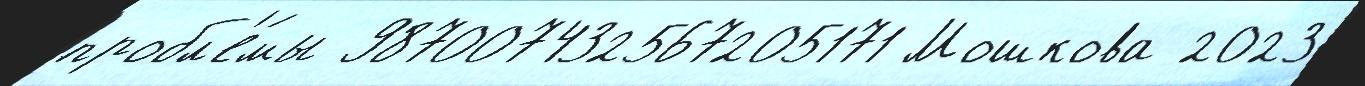
пробл'е́мы 987007432567205171 Мошкова 2023